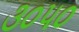
૩૦૫૦